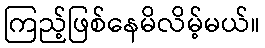
ကြည့်ဖြစ်နေမိလိမ့်မယ်။